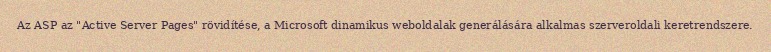
Az ASP az "Active Server Pages" rövidítése, a Microsoft dinamikus weboldalak generálására alkalmas szerveroldali keretrendszere.